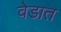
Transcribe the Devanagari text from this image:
वेडात